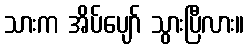
သားက အိပ်ပျော် သွားပြီလား။